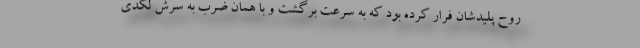
روح پلیدشان فرار کرده بود که به سرعت برگشت و با همان ضرب به سرش لگدی